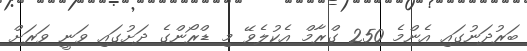
ބަރުދަނުގައި އެންމެ 250 ގްރާމް އެކުލެވޭ މި ޑްރޯންގެ ދަށުގައި ވަނީ ވަރަށް